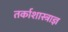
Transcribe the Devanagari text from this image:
तर्काशास्त्राज्ञ